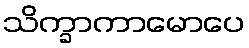
သိက္ခာကာမောပေ